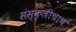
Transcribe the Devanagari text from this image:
संस्कृतीचाच